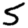
Digit: 5